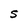
Character: S